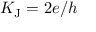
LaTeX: K _ { \mathrm { J } } = 2 e / h